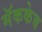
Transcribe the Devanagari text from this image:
मॅककेब